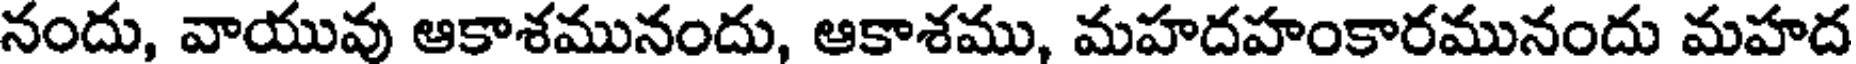
నందు, వాయువు ఆకాశమునందు, ఆకాశము, మహదహంకారమునందు మహద